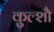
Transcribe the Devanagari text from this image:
कुल्शौ